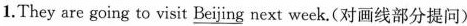
1.They are going to visit \underline{Beijing} next week.(对画线部分提问)